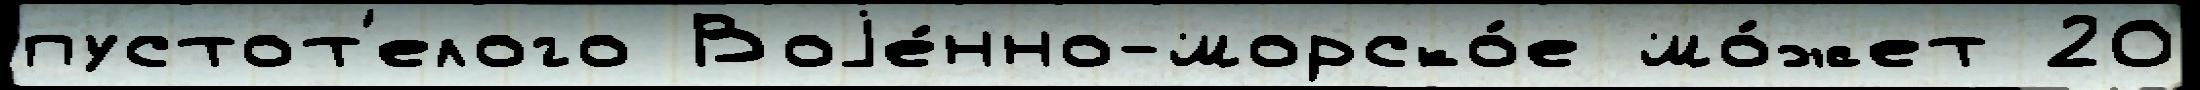
пустот'елого Воjе́нно-морско́е мо́жет 20